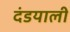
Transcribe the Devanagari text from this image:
दंडयाली